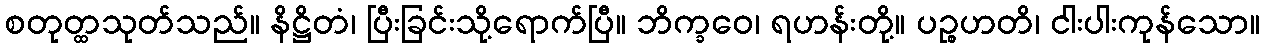
စတုတ္ထသုတ်သည်။ နိဋ္ဌိတံ၊ ပြီးခြင်းသို့ရောက်ပြီ။ ဘိက္ခဝေ၊ ရဟန်းတို့။ ပဉ္စဟတိ၊ ငါးပါးကုန်သော။